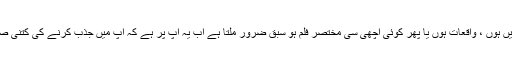
سفر ہو، کتابیں ہوں ، واقعات ہوں یا پھر کوئی اچھی سی مختصر فلم ہو سبق ضرور ملتا ہے اب یہ آپ پر ہے کہ آپ میں جذب کرنے کی کتنی صلاحیت ہے ۔